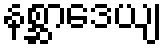
နစ္ဆာဒေယျ